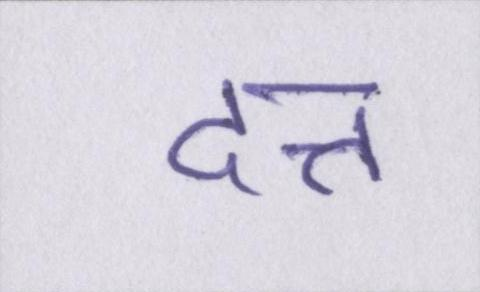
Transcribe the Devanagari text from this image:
दत्त